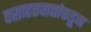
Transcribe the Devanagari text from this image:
वसाहतवाद्यांकडून